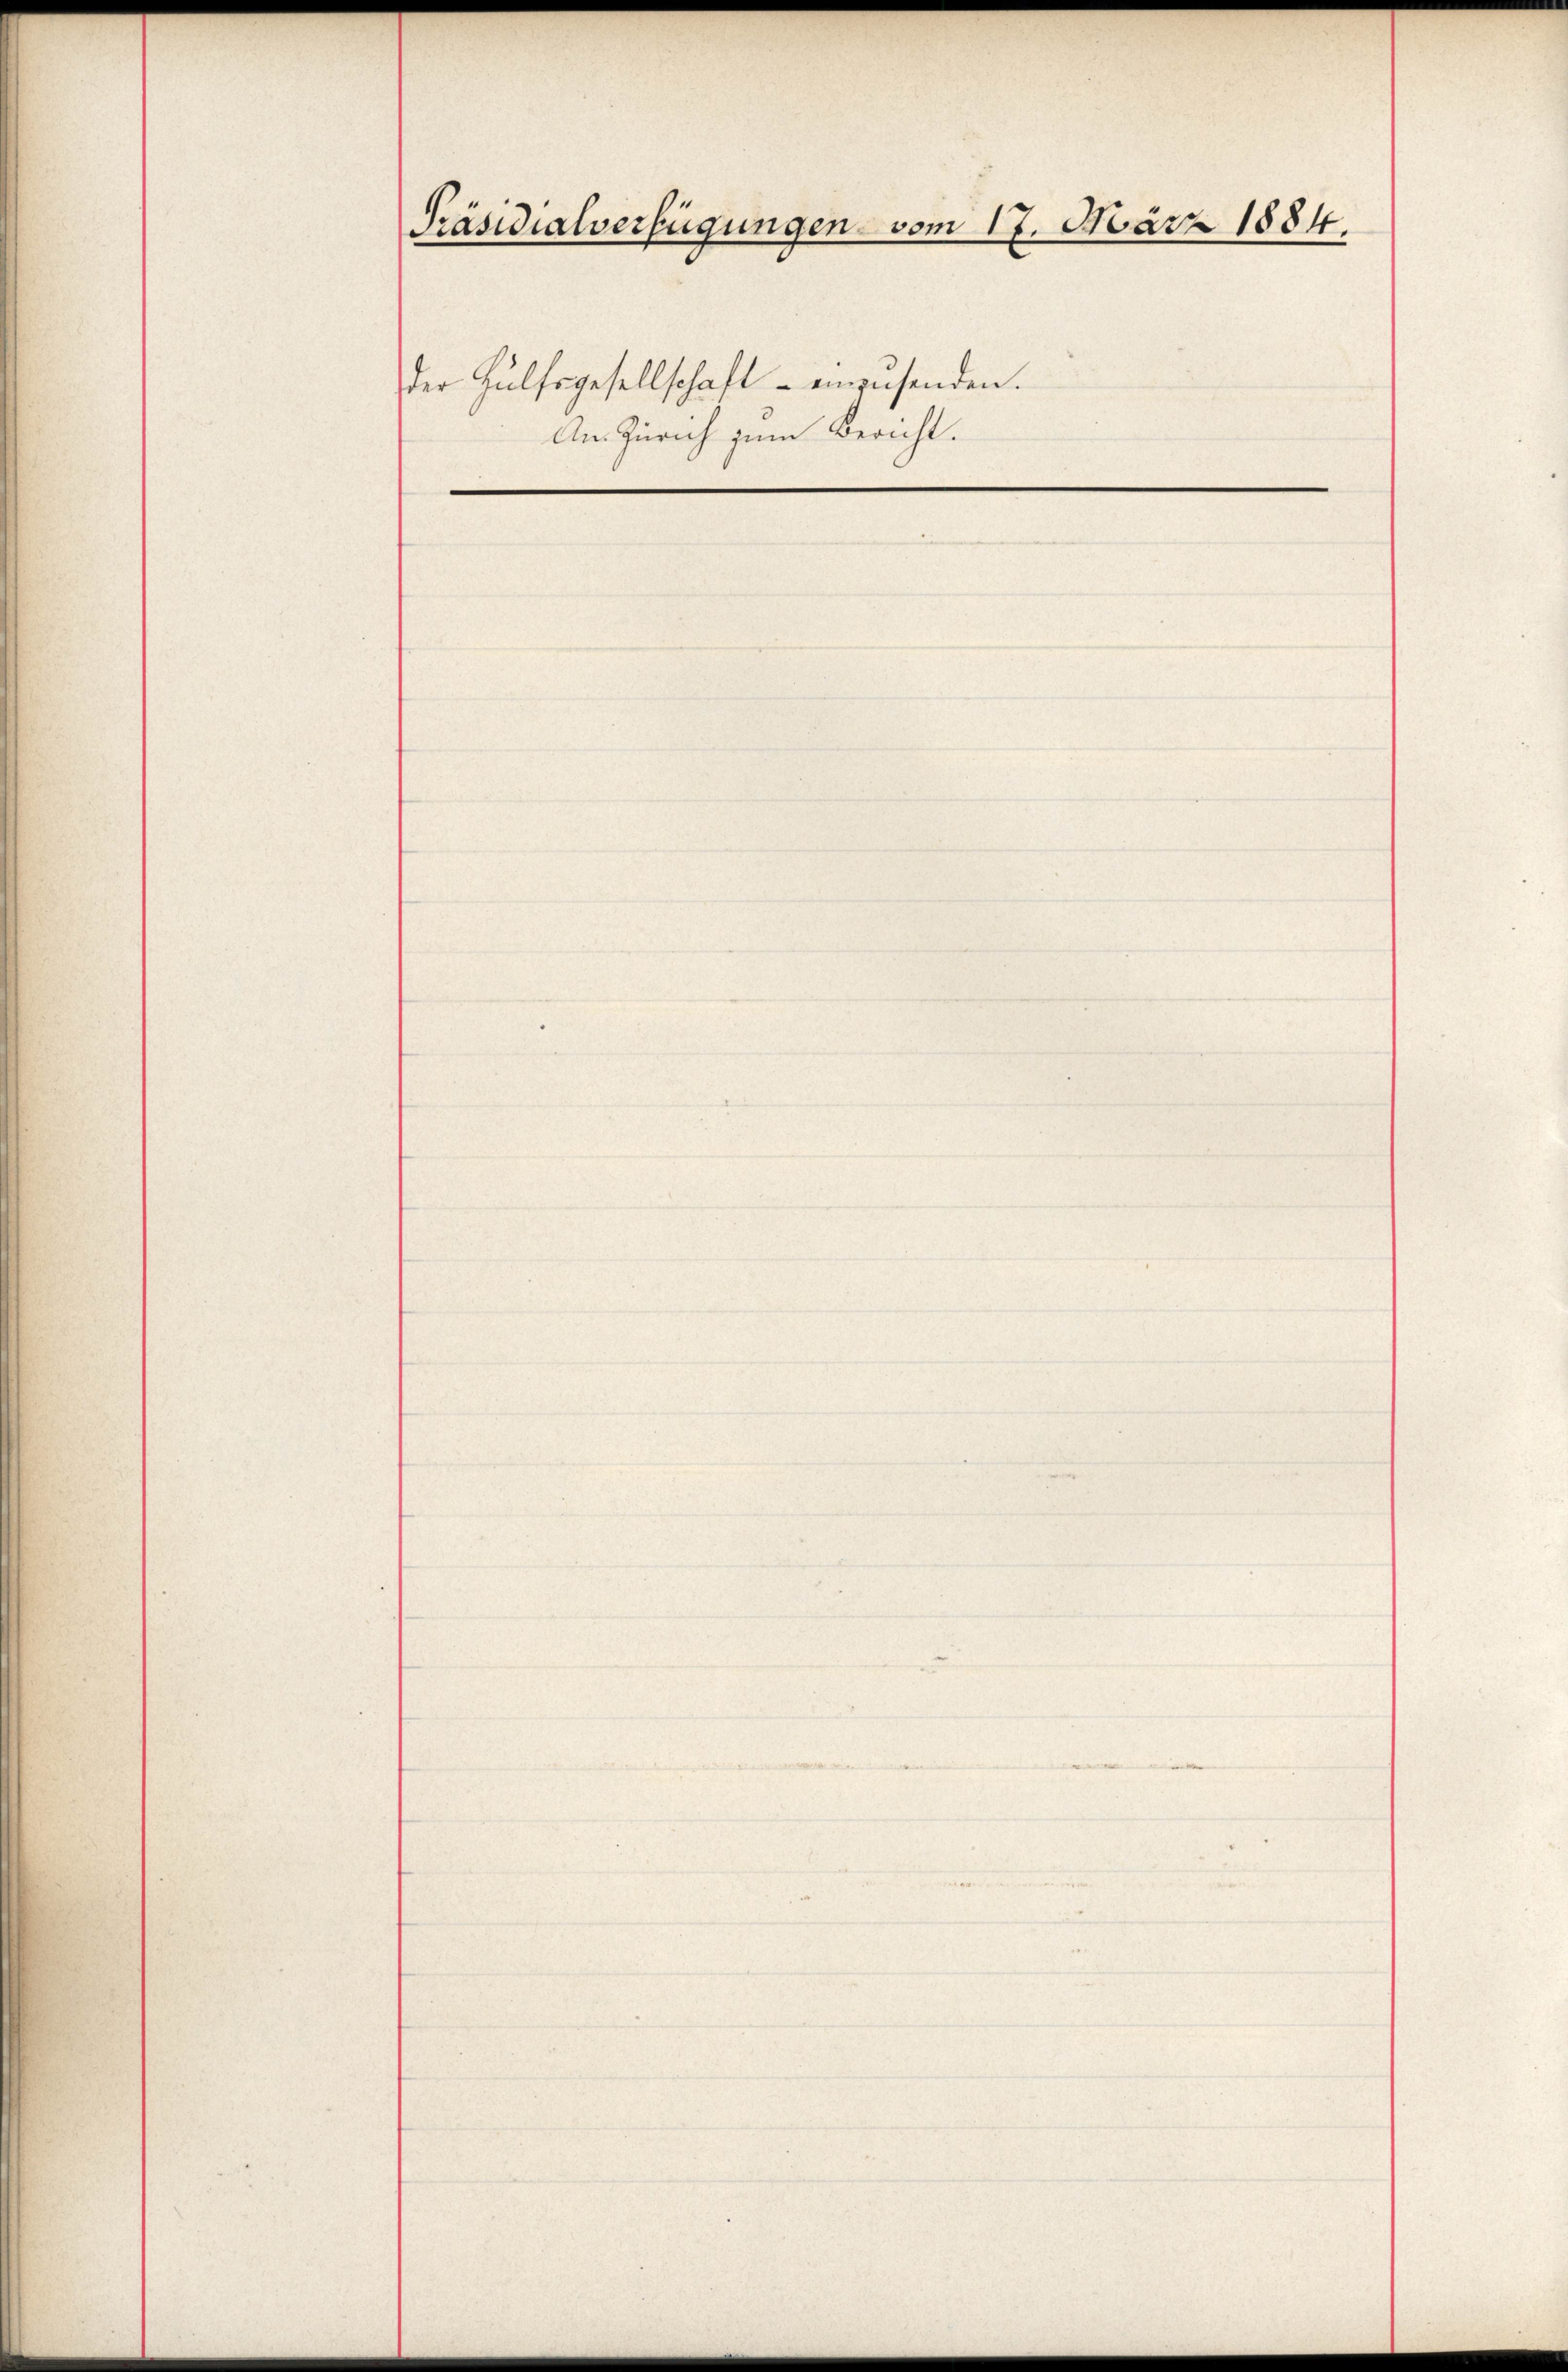
Präsidialverfügungen vom 17. März 1884.
der Hülfsgesellschaft - einzusenden.
An Zürich zum Bericht.